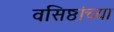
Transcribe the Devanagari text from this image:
वसिष्ठांच्या